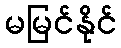
မမြင်နိုင်